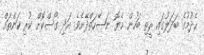
ހެދުމުގެ ބަދަލުގައި ރީތި ބަހުން ހެޔޮ ނަޞޭހަތްދޭށެވެ. އަދި ގޯސްކޮށް ކުރި ކަންތައް